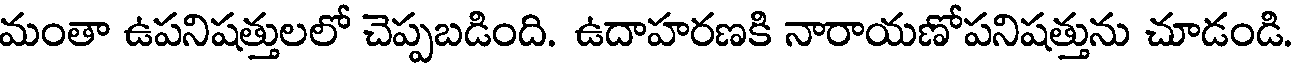
మంతా ఉపనిషత్తులలో చెప్పబడింది. ఉదాహరణకి నారాయణోపనిషత్తును చూడండి.